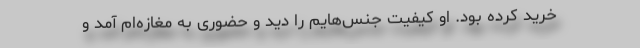
خرید کرده بود. او کیفیت جنس‌هایم را دید و حضوری به مغازه‌ام آمد و